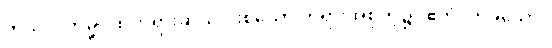
ကုသလကမ္မပထတရားဆယ်ပါးစသော တရားအစုတို့၌။ ဧကံ၊ တခုသော။